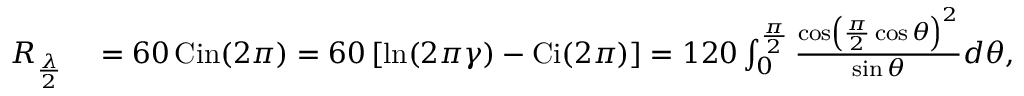
{ \begin{array} { r l } { R _ { \frac { \lambda } { 2 } } } & { { } = 6 0 \operatorname { C i n } ( 2 \pi ) = 6 0 \left[ \ln ( 2 \pi \gamma ) - \operatorname { C i } ( 2 \pi ) \right] = 1 2 0 \int _ { 0 } ^ { \frac { \pi } { 2 } } { \frac { \cos \left( { \frac { \pi } { 2 } } \cos \theta \right) ^ { 2 } } { \sin \theta } } d \theta , } \end{array} } \,